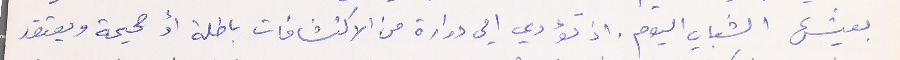
يعيشها الشباب اليوم. اذ تؤدي الي دوارة من الاكتشافات باطلة أو صحيحة ويعتقد